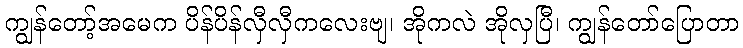
ကျွန်တော့်အမေက ပိန်ပိန်လှီလှီကလေးဗျ၊ အိုကလဲ အိုလှပြီ၊ ကျွန်တော်ပြောတာ